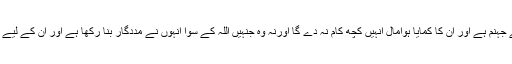
ان کے پیچھے جہنم ہے اور ان کا کمایا ہوامال انہیں کچھ کام نہ دے گا اورنہ وہ جنہیں اللہ کے سوا انہوں نے مددگار بنا رکھا ہے اور ان کے لیے بڑا عذاب ہے۔